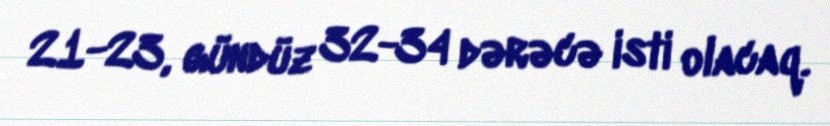
21-23, gündüz 32-34 dərəcə isti olacaq.